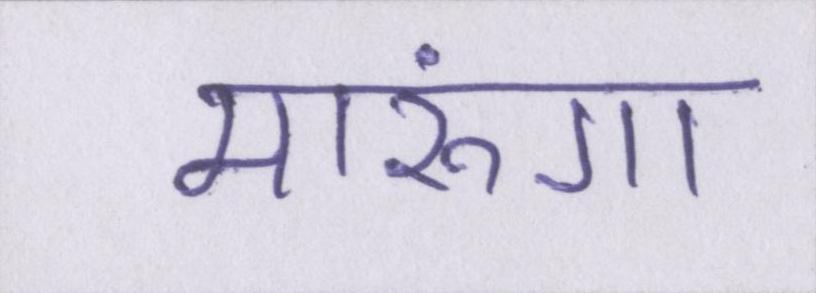
मारूंगा